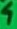
Text: 4